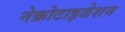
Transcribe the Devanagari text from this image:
नेक्रोटाइजेशन